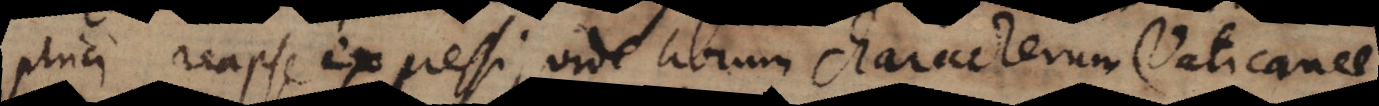
phici, reapse expressi, vide librum characterum Vaticanae.